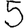
Digit: 5